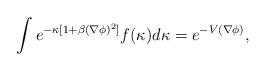
LaTeX: \begin{align*}\int e^{-\kappa[1+\beta(\nabla \phi)^2]}f(\kappa)d\kappa = e^{-V(\nabla \phi)},\end{align*}